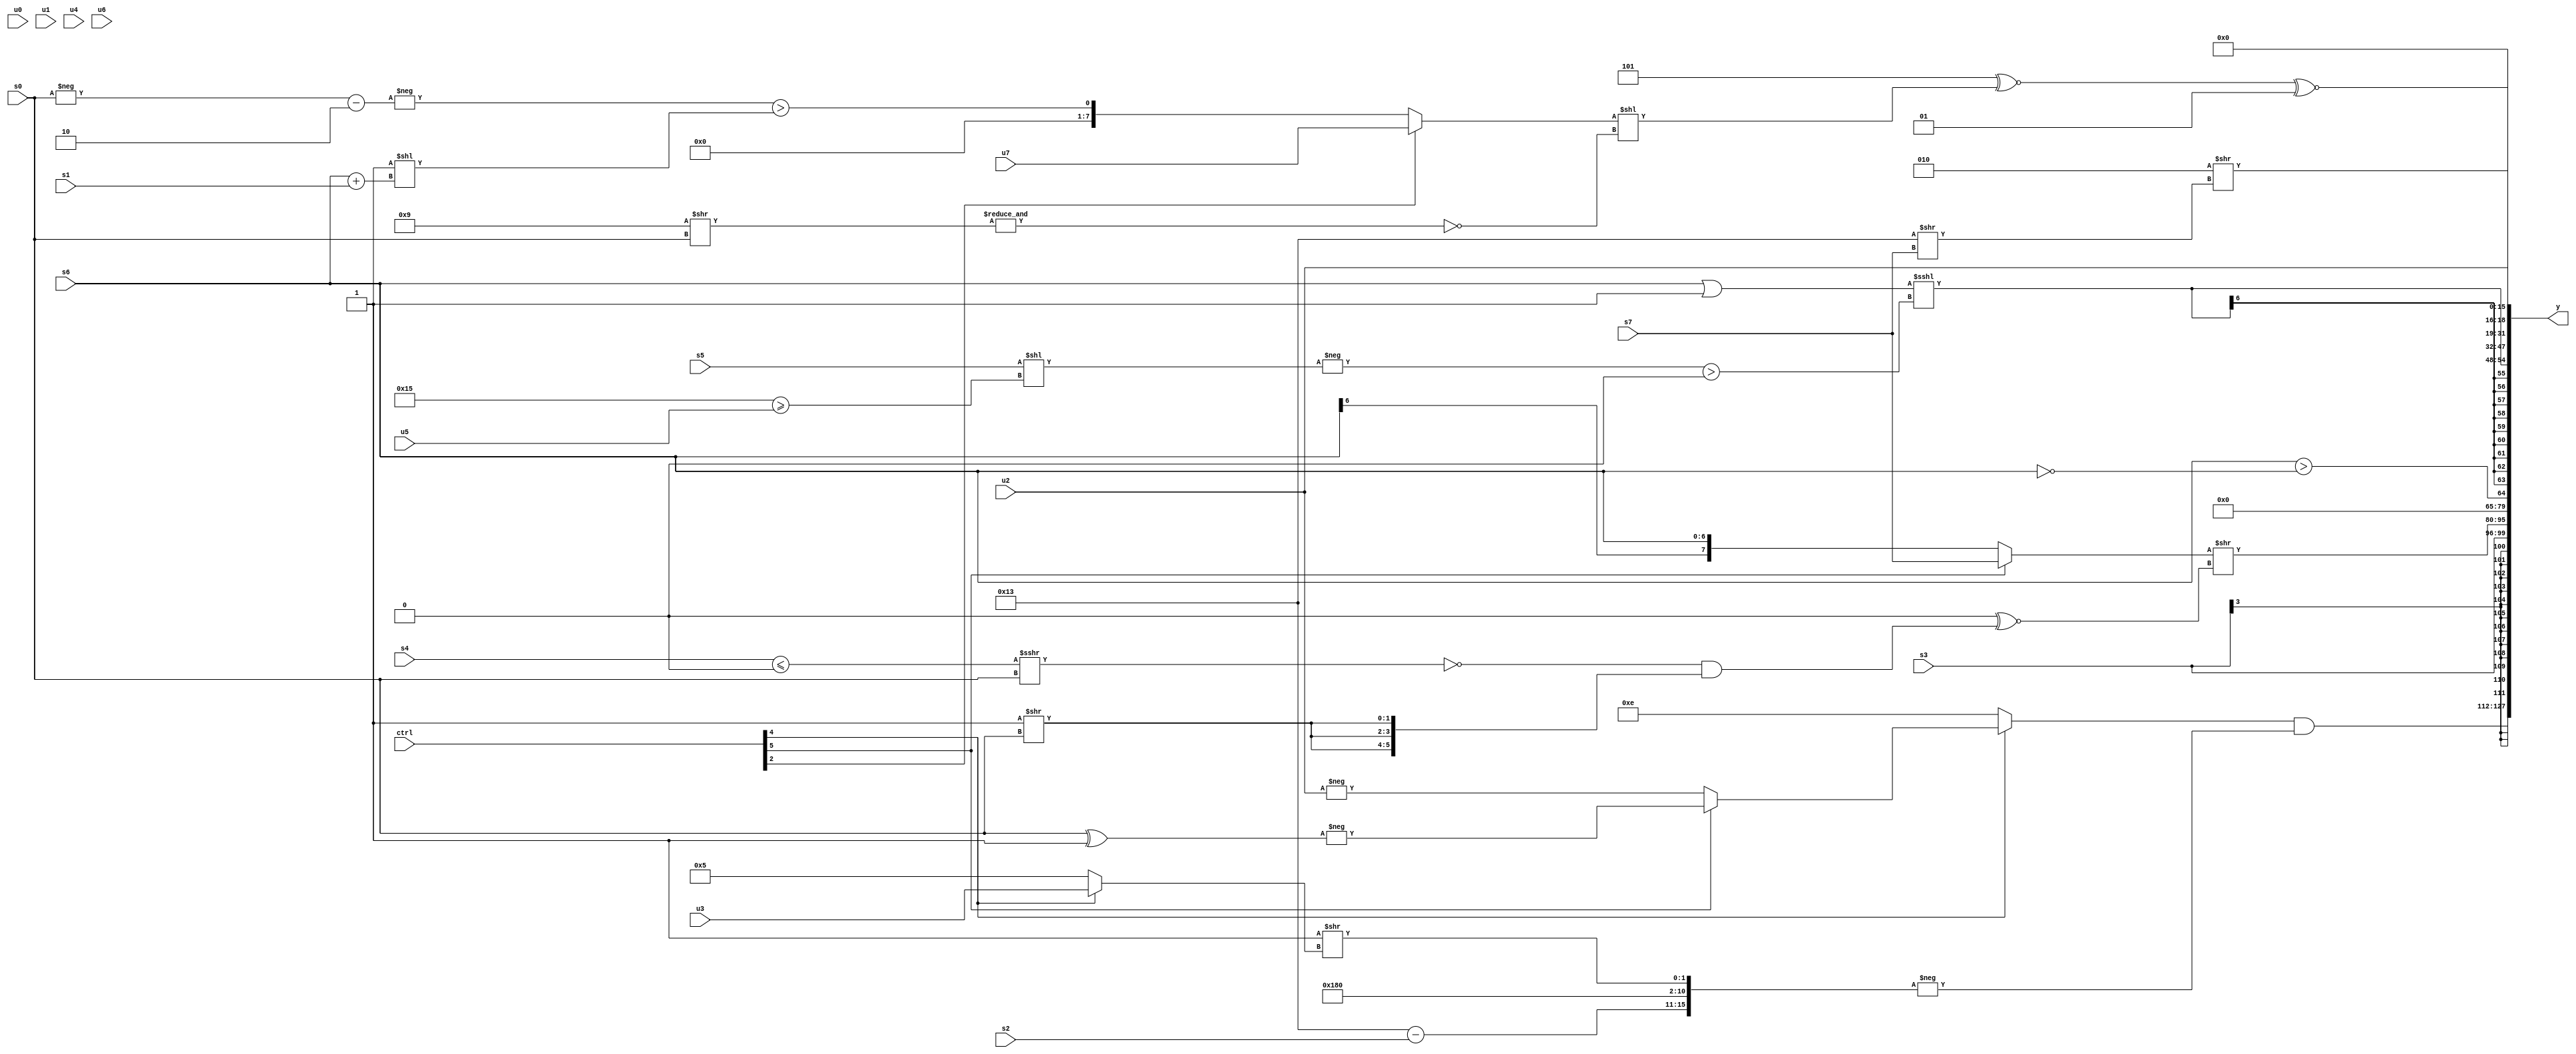
module wideexpr_00874(ctrl, u0, u1, u2, u3, u4, u5, u6, u7, s0, s1, s2, s3, s4, s5, s6, s7, y);
  input [7:0] ctrl;
  input [0:0] u0;
  input [1:0] u1;
  input [2:0] u2;
  input [3:0] u3;
  input [4:0] u4;
  input [5:0] u5;
  input [6:0] u6;
  input [7:0] u7;
  input signed [0:0] s0;
  input signed [1:0] s1;
  input signed [2:0] s2;
  input signed [3:0] s3;
  input signed [4:0] s4;
  input signed [5:0] s5;
  input signed [6:0] s6;
  input signed [7:0] s7;
  output [127:0] y;
  wire [15:0] y0;
  wire [15:0] y1;
  wire [15:0] y2;
  wire [15:0] y3;
  wire [15:0] y4;
  wire [15:0] y5;
  wire [15:0] y6;
  wire [15:0] y7;
  assign y = {y0,y1,y2,y3,y4,y5,y6,y7};
  assign y0 = ((ctrl[4]?((ctrl[5]?-($signed((s0)^(1'sb1))):-(u2)))<<(1'sb0):4'sb1110))&(-({($signed(5'sb10011))-(s2),3'sb110,($signed(6'sb111010))>>({1{$unsigned($signed(3'sb110))}}),$signed((2'sb11)>>((ctrl[4]?u3:{1'b1,2'sb01})))}));
  assign y1 = s3;
  assign y2 = ((ctrl[5]?s7:s6))>>(((3'sb110)>=($signed(1'b1)))^~((~^(((s4)<=(1'sb0))>>>(s0)))&({3{((2'b01)>>(s0))<<<(~|(1'sb1))}})));
  assign y3 = {(s6)>($signed(!(s6)))};
  assign y4 = $signed(((s6)|(2'sb11))<<<((-(($signed(s5))<<(+((6'sb010101)>=(u5)))))>(1'b0)));
  assign y5 = ($signed((3'sb101)^~(((ctrl[2]?u7:(-((-(s0))-($signed(6'sb111110))))>($signed((2'sb11)<<((s6)+(s1))))))<<($signed(~&((4'sb1001)>>($signed(s0))))))))^~(4'sb0001);
  assign y6 = u2;
  assign y7 = (3'sb010)>>((6'sb110011)>>(+(s7)));
endmodule